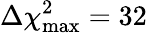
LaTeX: \Delta\chi_{\mathrm{max}}^{2}=32